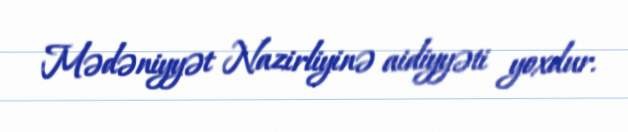
Mədəniyyət Nazirliyinə aidiyyəti yoxdur.